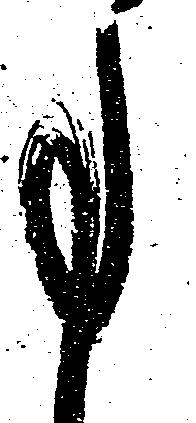
事